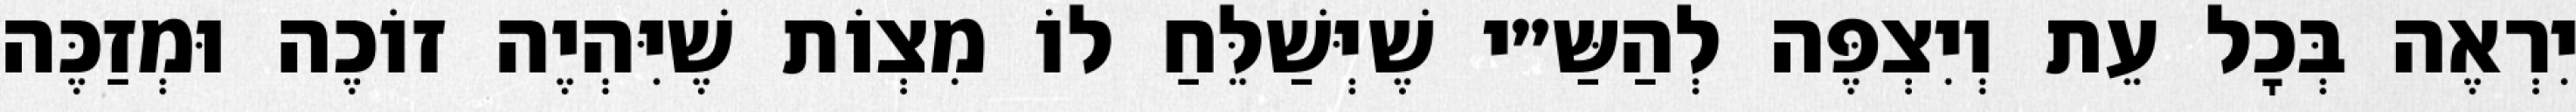
יִרְאֶה בְּכׇל עֵת וְיִצְפֶּה לְהַשַּ״י שֶׁיְּשַׁלֵּחַ לוֹ מִצְוֹת שֶׁיִּהְיֶה זוֹכֶה וּמְזַכֶּה